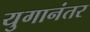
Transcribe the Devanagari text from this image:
युगानंतर